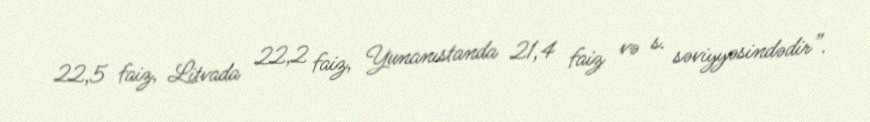
22,5 faiz, Litvada 22,2 faiz, Yunanıstanda 21,4 faiz və s. səviyyəsindədir”.